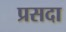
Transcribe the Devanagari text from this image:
प्रसदा